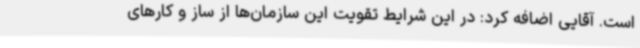
است. آقایی اضافه کرد: در این شرایط تقویت این سازمان‌ها از ساز و کارهای